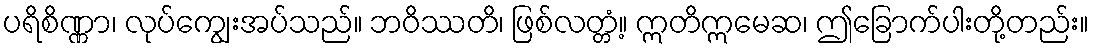
ပရိစိဏ္ဏာ၊ လုပ်ကျွေးအပ်သည်။ ဘဝိဿတိ၊ ဖြစ်လတ္တံ့။ ဣတိဣမေဆ၊ ဤခြောက်ပါးတို့တည်း။